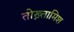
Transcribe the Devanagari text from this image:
तोख़्तामिश